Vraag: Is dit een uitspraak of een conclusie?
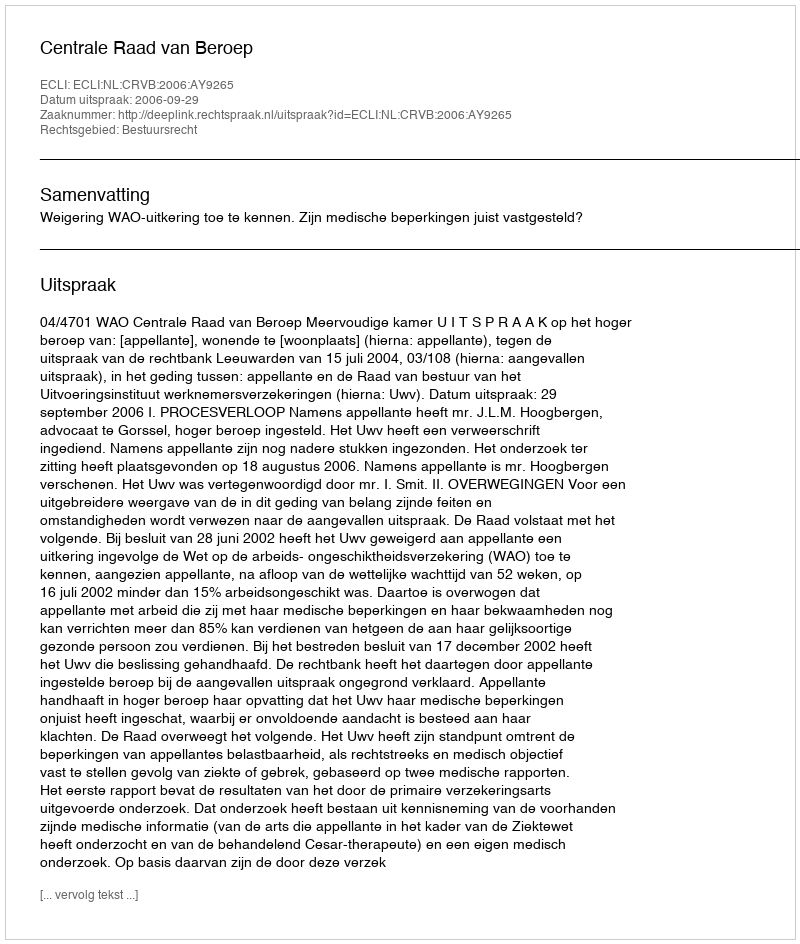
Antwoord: Uitspraak